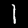
Label: 1